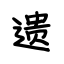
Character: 遗